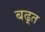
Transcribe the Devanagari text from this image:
बढ़्त